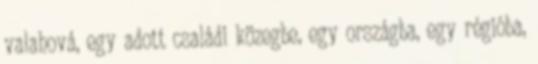
valahová, egy adott családi közegbe, egy országba, egy régióba,